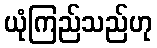
ယုံကြည်သည်ဟု